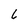
Character: 6